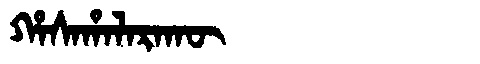
Manchu: ᡥᠠᠰᠠᡥᠠᠯᠠᡵᠠᡴᡡ
Romanization: HASAHALARAKŪ